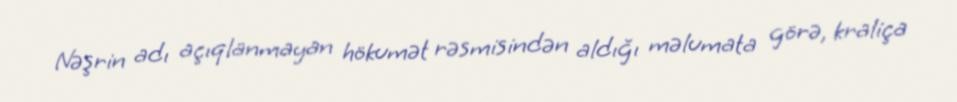
Nəşrin adı açıqlanmayan hökumət rəsmisindən aldığı məlumata görə, kraliça